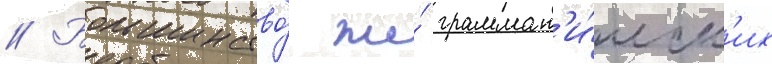
// Большинство́ же́ граммат'и́ческ'их